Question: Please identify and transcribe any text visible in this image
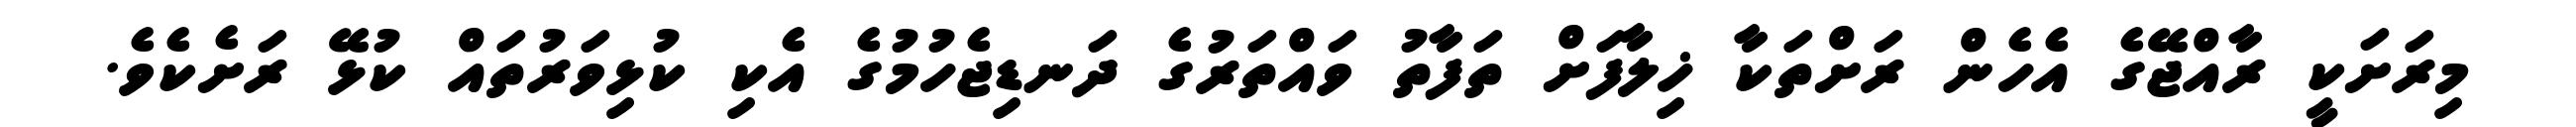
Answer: މިރަށަކީ ރާއްޖޭގެ އެހެން ރަށްތަކާ ޚިލާފަށް ތަފާތު ވައްތަރުގެ ދަނޑިޖެހުމުގެ އެކި ކުޅިވަރުތައް ކުޅޭ ރަށެކެވެ.